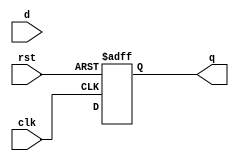
module dff_delay (
    input wire clk,
    input wire rst,
    input wire d,
    output reg q
);

reg delayed_d;

// introduce delay using a series of logic gates or buffers
// for example, introduce a 1ns delay
not #(1) not_gate_1 (d, delayed_d);

always @(posedge clk or posedge rst) begin
    if (rst) begin
        q <= 1'b0;
    end else begin
        q <= delayed_d;
    end
end

endmodule